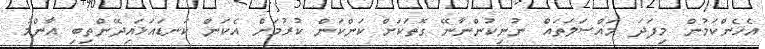
އެހެންކަމުން މިފަދަ މައްސަލަތައް ނުނިކުންނާނޭ ގޮތަކަށް ކަންކަން ކުރުމަށް އެކަން ކަނޑައަޅައިދޭންތިބި އާންމު